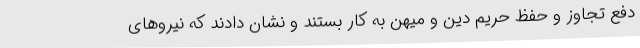
دفع تجاوز و حفظ حریم دین و میهن به کار بستند و نشان دادند که نیروهای